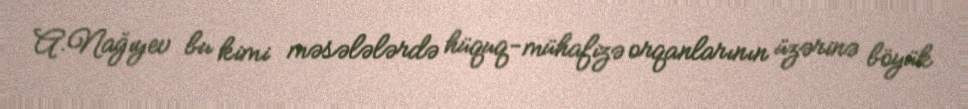
A.Nağıyev bu kimi məsələlərdə hüquq-mühafizə orqanlarının üzərinə böyük